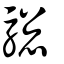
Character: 騘